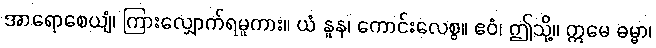
အာရောစေယျံ၊ ကြားလျှောက်ရမူကား။ ယံ နူန၊ ကောင်းလေစွ။ ဧဝံ၊ ဤသို့။ ဣမေ ဓမ္မာ၊